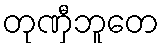
တုဏှီဘူတေ